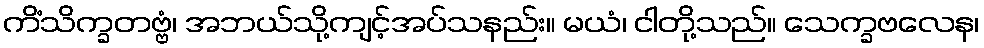
ကိံသိက္ခတဗ္ဗံ၊ အဘယ်သို့ကျင့်အပ်သနည်း။ မယံ၊ ငါတို့သည်။ သေက္ခဗလေန၊